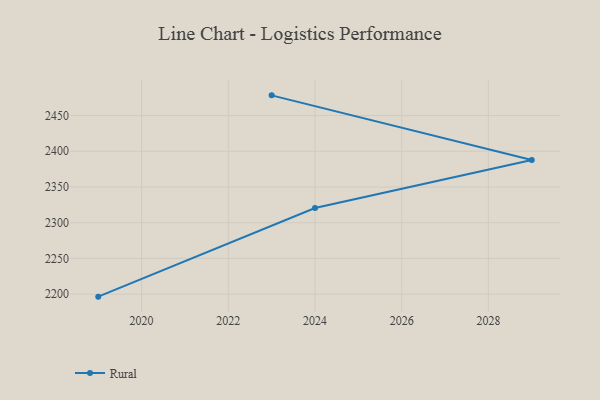
{"axis": {"x": "Year", "y": "Active Users"}, "legend": ["Rural"], "data": [{"x": "2019", "y": 2196.5, "type": "Rural"}, {"x": "2024", "y": 2320.5, "type": "Rural"}, {"x": "2029", "y": 2387.8, "type": "Rural"}, {"x": "2023", "y": 2478.3, "type": "Rural"}]}